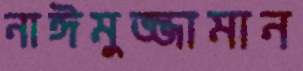
নাঈমুজ্জামান